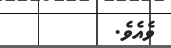
ވެއެވެ.